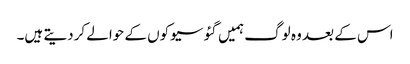
اس کے بعد وہ لوگ ہمیں گئو سیوکوں کے حوالے کردیتے ہیں۔